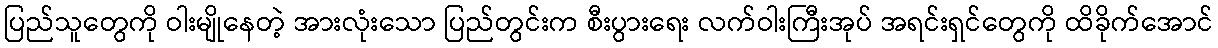
ပြည်သူတွေကို ဝါးမျိုနေတဲ့ အားလုံးသော ပြည်တွင်းက စီးပွားရေး လက်ဝါးကြီးအုပ် အရင်းရှင်တွေကို ထိခိုက်အောင်